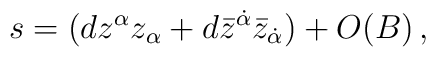
s=(dz^\alpha z_\alpha +d\bar{z}^{\dot{\alpha}} \bar{z}_{\dot{\alpha}} )+ O(B)\,,